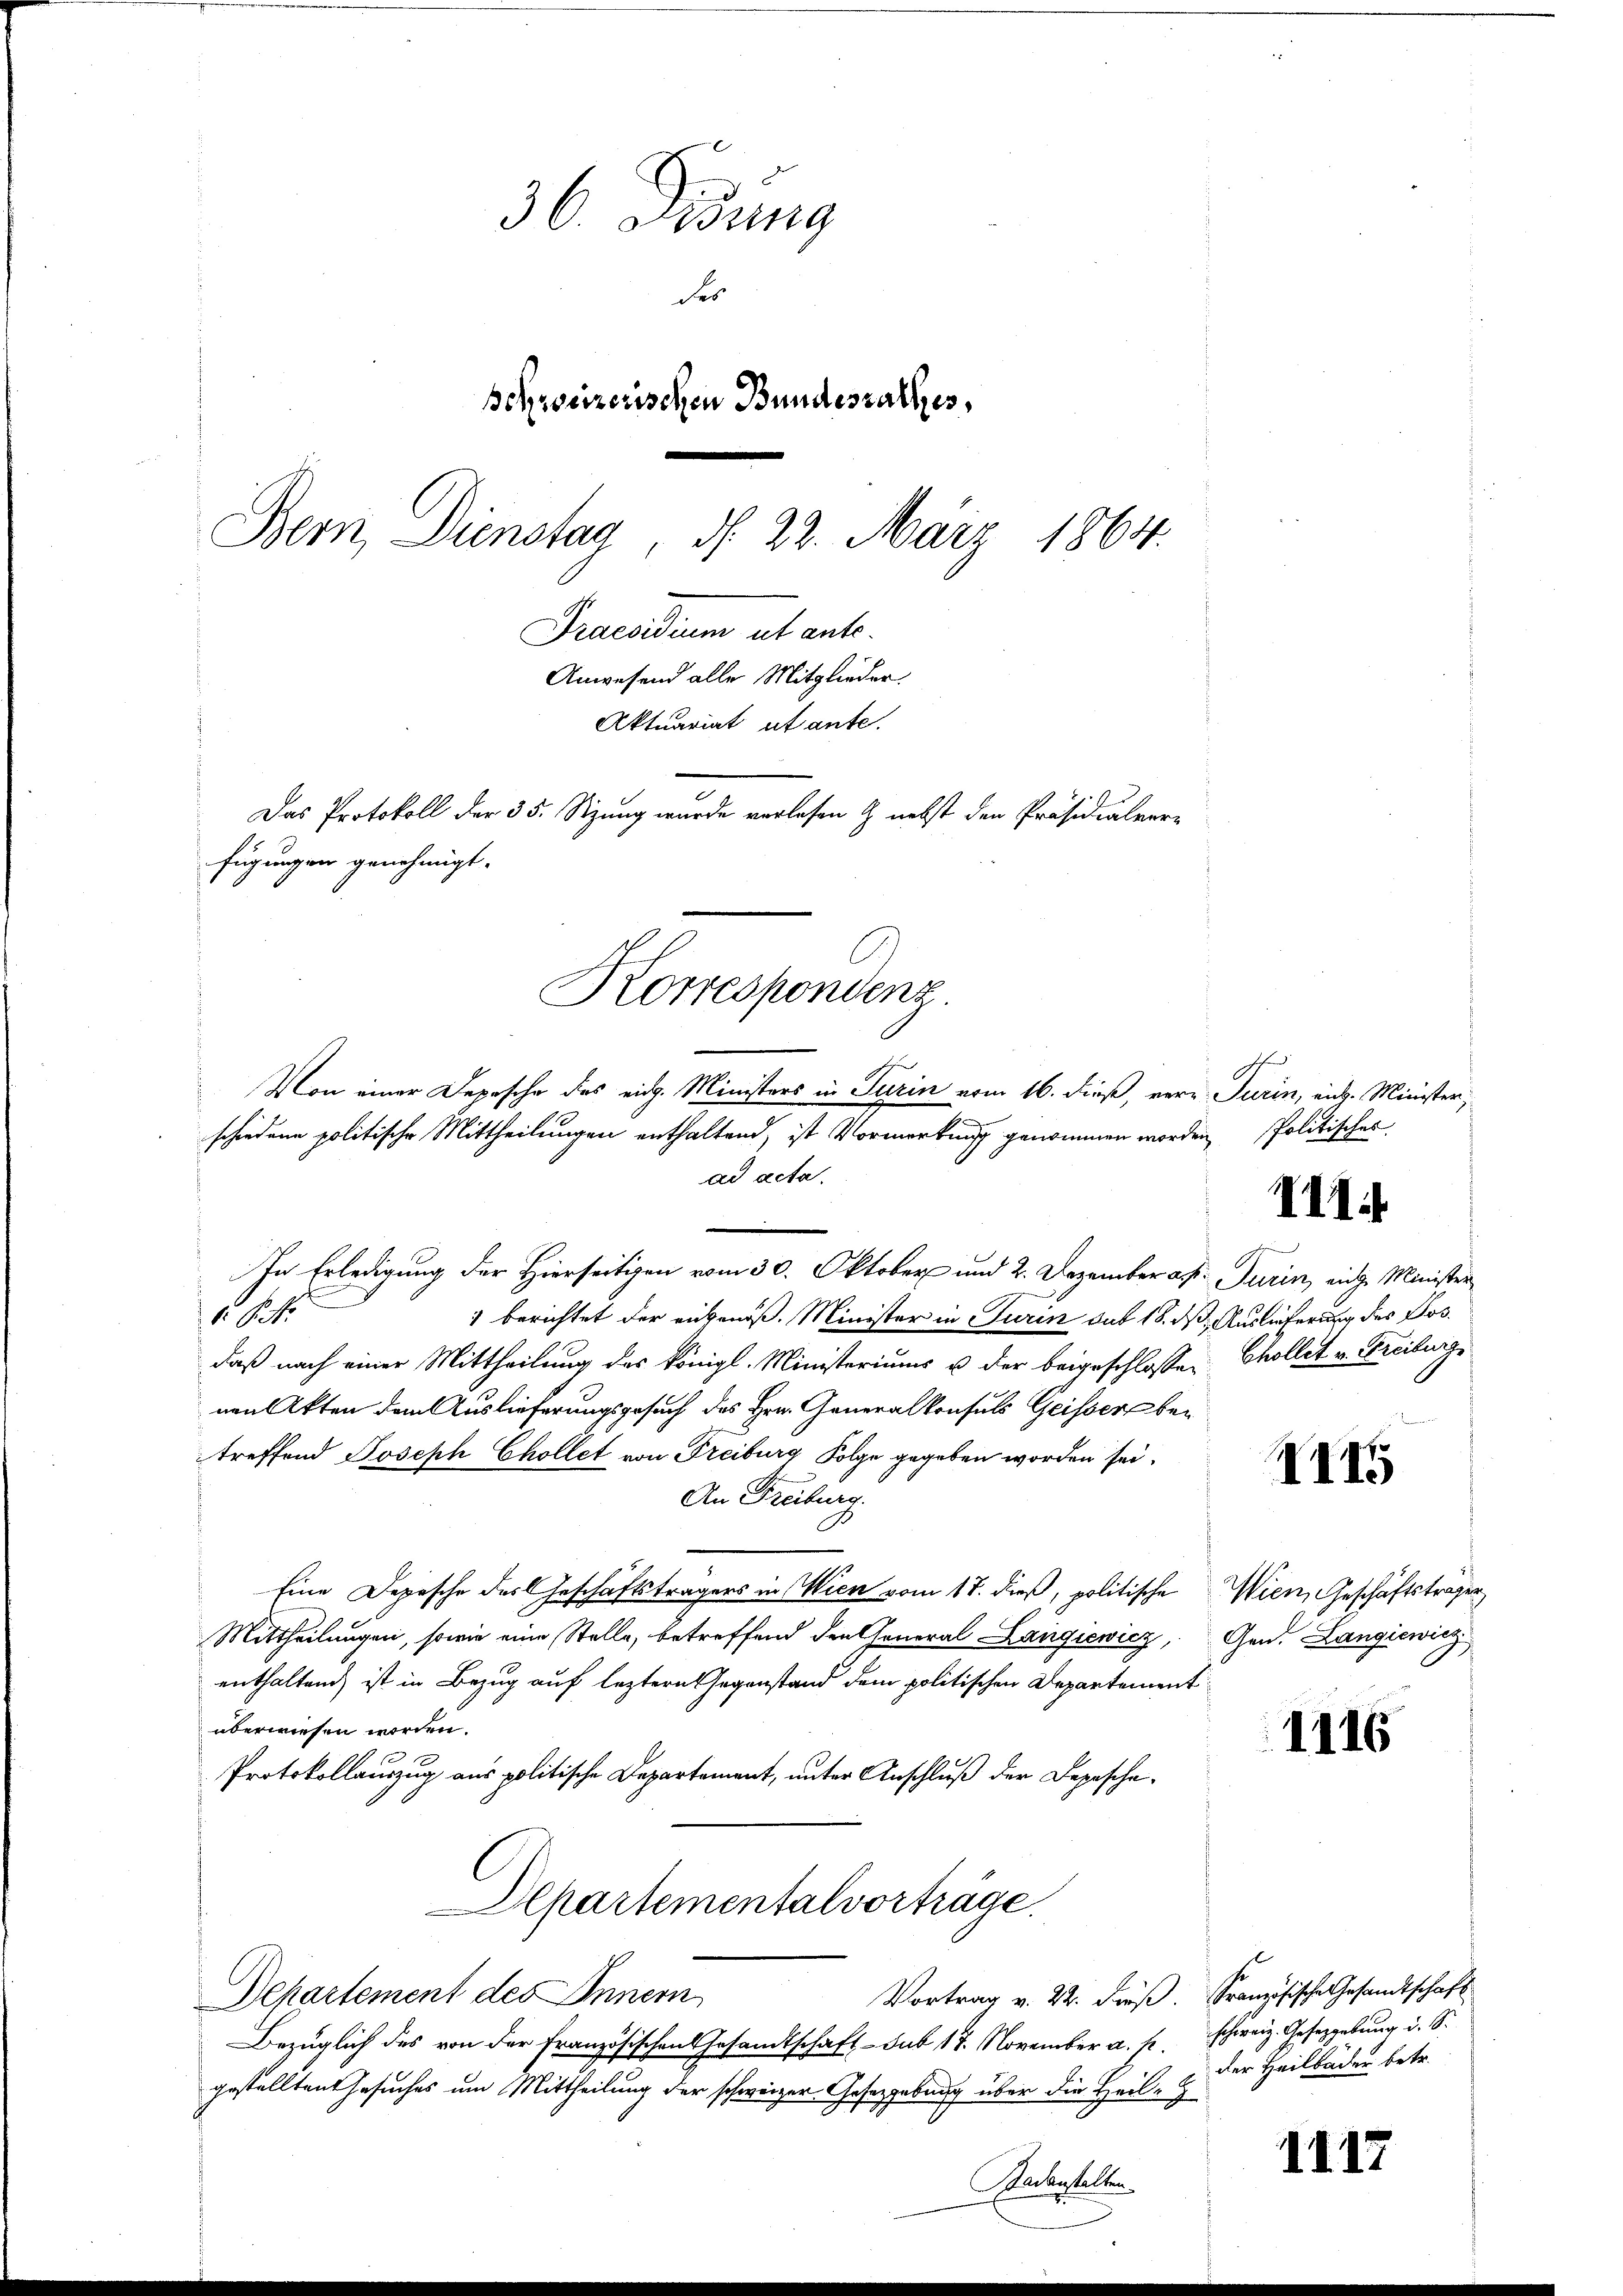
36. Diedung
des
schweizerischen Bundesrathes,
Bern, Dienstag d. 22. März 1864.
Praesidium ut ante.
Anwesend alle Mitglieder
Aktuariat utante.
Das Protokoll der 35. Sitzung wurde verlesen & nebst den Präsidialver-
fügungen genehmigt.

In Erledigung der Hierseitigen vom 30. Oktober und 2. Dezember an Turin, eige Minister
. P. Nr.
1 berichtet der angenoß. Minister in Turin sub 18. d. Auslieferung des Losdaß nach einer Mittheilung des königl. Ministeriums u der beigeschlossen Chollet v. Freiburg,
nen Akten dem Auslieferungsgesuch des Hrn. Generalkonsuls Geisser bei
treffend Joseph Chollet von Freiburg Folge gegeben worden sei.
An Freiburg.
Eine Depesche des Geschäftsträgers in Wien vom 17. dieß, politische Wien, Geschäftsträgen
Mittheilungen, sowie eine Stelle, betreffend den General Langiewicz, Gen. Langiewicz
enthaltend, ist in Bezug auf leztern Gegenstand dem politischen Departement
überwiesen worden.
Protokollauszug aus politische Departement, unter Anschluß der Depesche¬
Departementalvorträge.
Vortrag v. 22. dieß. Französische Gesandtschaft
Departement des Innern
Bezüglich des von der Französischen Gesamtschaft sub 18. November a. p. schweiz. Gesetzgebung i. S.
gestellten Gesuches um Mittheilung der schweizer Gesetzgebung über die Heil-Z
Fadenstalten.

Korrespondenz.
Von einer Depesche des eidg. Ministers in Turin vom 16. dieß, vere Turin, eidg. Minister,
schiedene politische Mittheilungen enthaltend, ist Vormerkung genommen worden
ad acta.

Politisches.
VII.

1145

1116

der Heilbäder betr.

1117